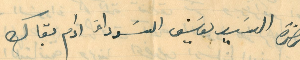
حضرة السَيد يوسَف السَوداءَ ادام بقاك